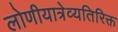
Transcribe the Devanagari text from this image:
लोणीयात्रेव्यतिरिक्त